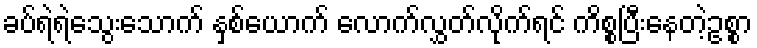
ခပ်ရဲရဲသွေးသောက် နှစ်ယောက် လောက်လွှတ်လိုက်ရင် ကိစ္စပြီးနေတဲ့ဥစ္စာ